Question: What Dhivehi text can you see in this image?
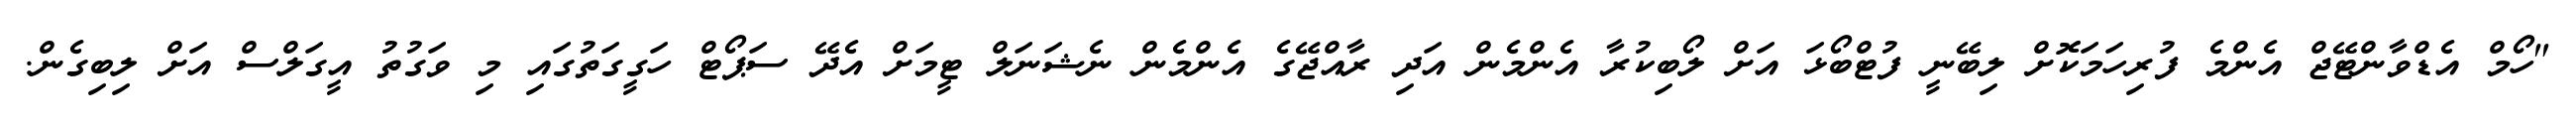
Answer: "ހޯމް އެޑްވާންޓޭޖް އެންމެ ފުރިހަމަކޮށް ލިބޭނީ ފުޓްބޯޅަ އަށް ލޯބިކުރާ އެންމެން އަދި ރާއްޖޭގެ އެންމެން ނެޝަނަލް ޓީމަށް އެދޭ ސަޕޯޓް ހަގީގަތުގައި މި ވަގުތު އީގަލްސް އަށް ލިބިގެން.